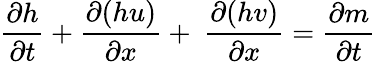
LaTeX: \frac{\partial h}{\partial t}+\frac{\partial(hu)}{\partial x}+\ \frac{\partial(hv)}{\partial x}=\frac{\partial m}{\partial t}